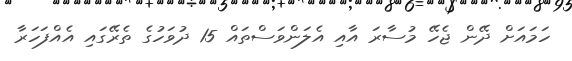
ހަމައަށް ދޭން ޖެހޭ މުސާރަ އާއި އެލަންވަސްތައް 15 ދުވަހުގެ ތެރޭގައި އެއްފަހަރާ